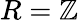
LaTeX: R=\mathbb{Z}